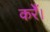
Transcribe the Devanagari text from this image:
करेँ।